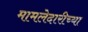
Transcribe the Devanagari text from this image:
मामलेदारीच्या